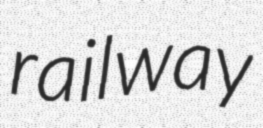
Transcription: railway